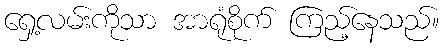
ရှေ့လမ်းကိုသာ အာရုံစိုက် ကြည့်နေသည်။